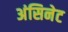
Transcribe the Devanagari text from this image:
अंसिनेट